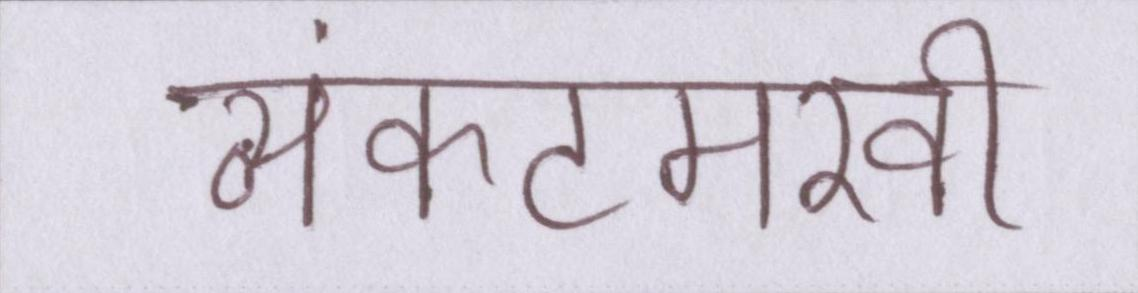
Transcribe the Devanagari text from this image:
व्यंकटमखी